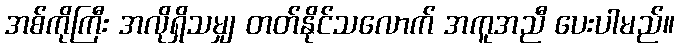
အစ်ကိုကြီး အလိုရှိသမျှ တတ်နိုင်သလောက် အကူအညီ ပေးပါမည်။